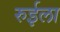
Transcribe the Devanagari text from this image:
रुईला